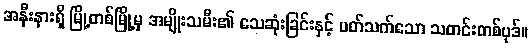
အနီးနားရှိ မြို့တစ်မြို့မှ အမျိုးသမီး၏ သေဆုံးခြင်းနှင့် ပတ်သက်သော သတင်းတစ်ပုဒ်။